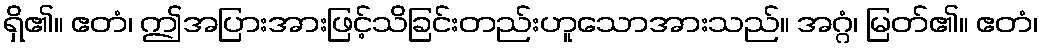
ရှိ၏။ ဧတံ၊ ဤအပြားအားဖြင့်သိခြင်းတည်းဟူသောအားသည်။ အဂ္ဂံ၊ မြတ်၏။ ဧတံ၊